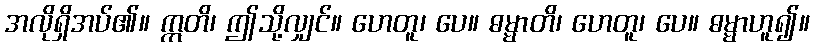
အလိုရှိအပ်၏။ ဣတိ၊ ဤသို့လျှင်။ ဟေတူ၊ ပေ။ ဓမ္မာတိ၊ ဟေတူ၊ ပေ။ ဓမ္မာဟူ၍။